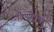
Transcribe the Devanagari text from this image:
क्रियोन्मुख